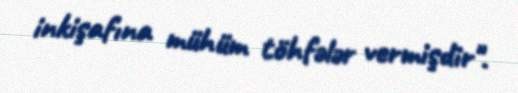
inkişafına mühüm töhfələr vermişdir".